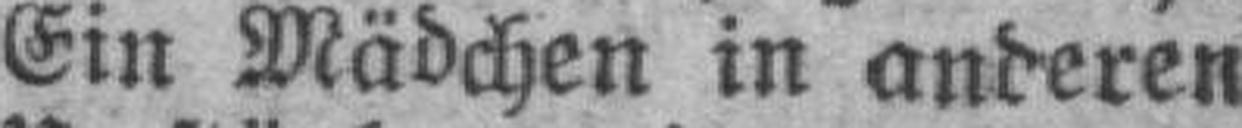
Ein Mädchen in anderen